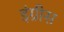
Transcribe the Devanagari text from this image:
इंग्रीस